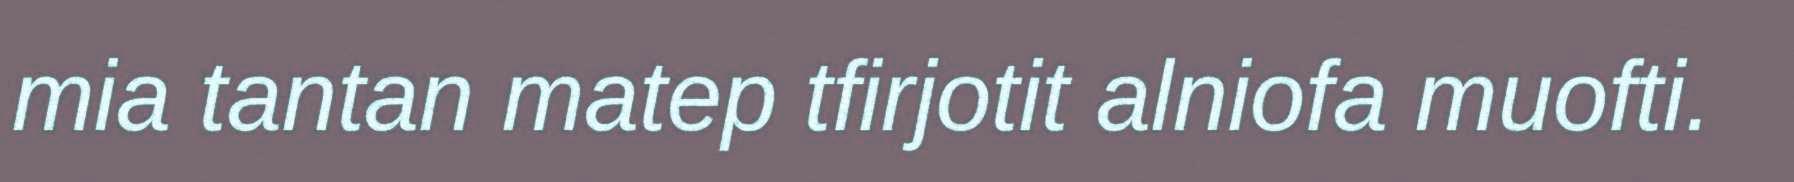
mia tantan matep tfirjotit alniofa muofti.